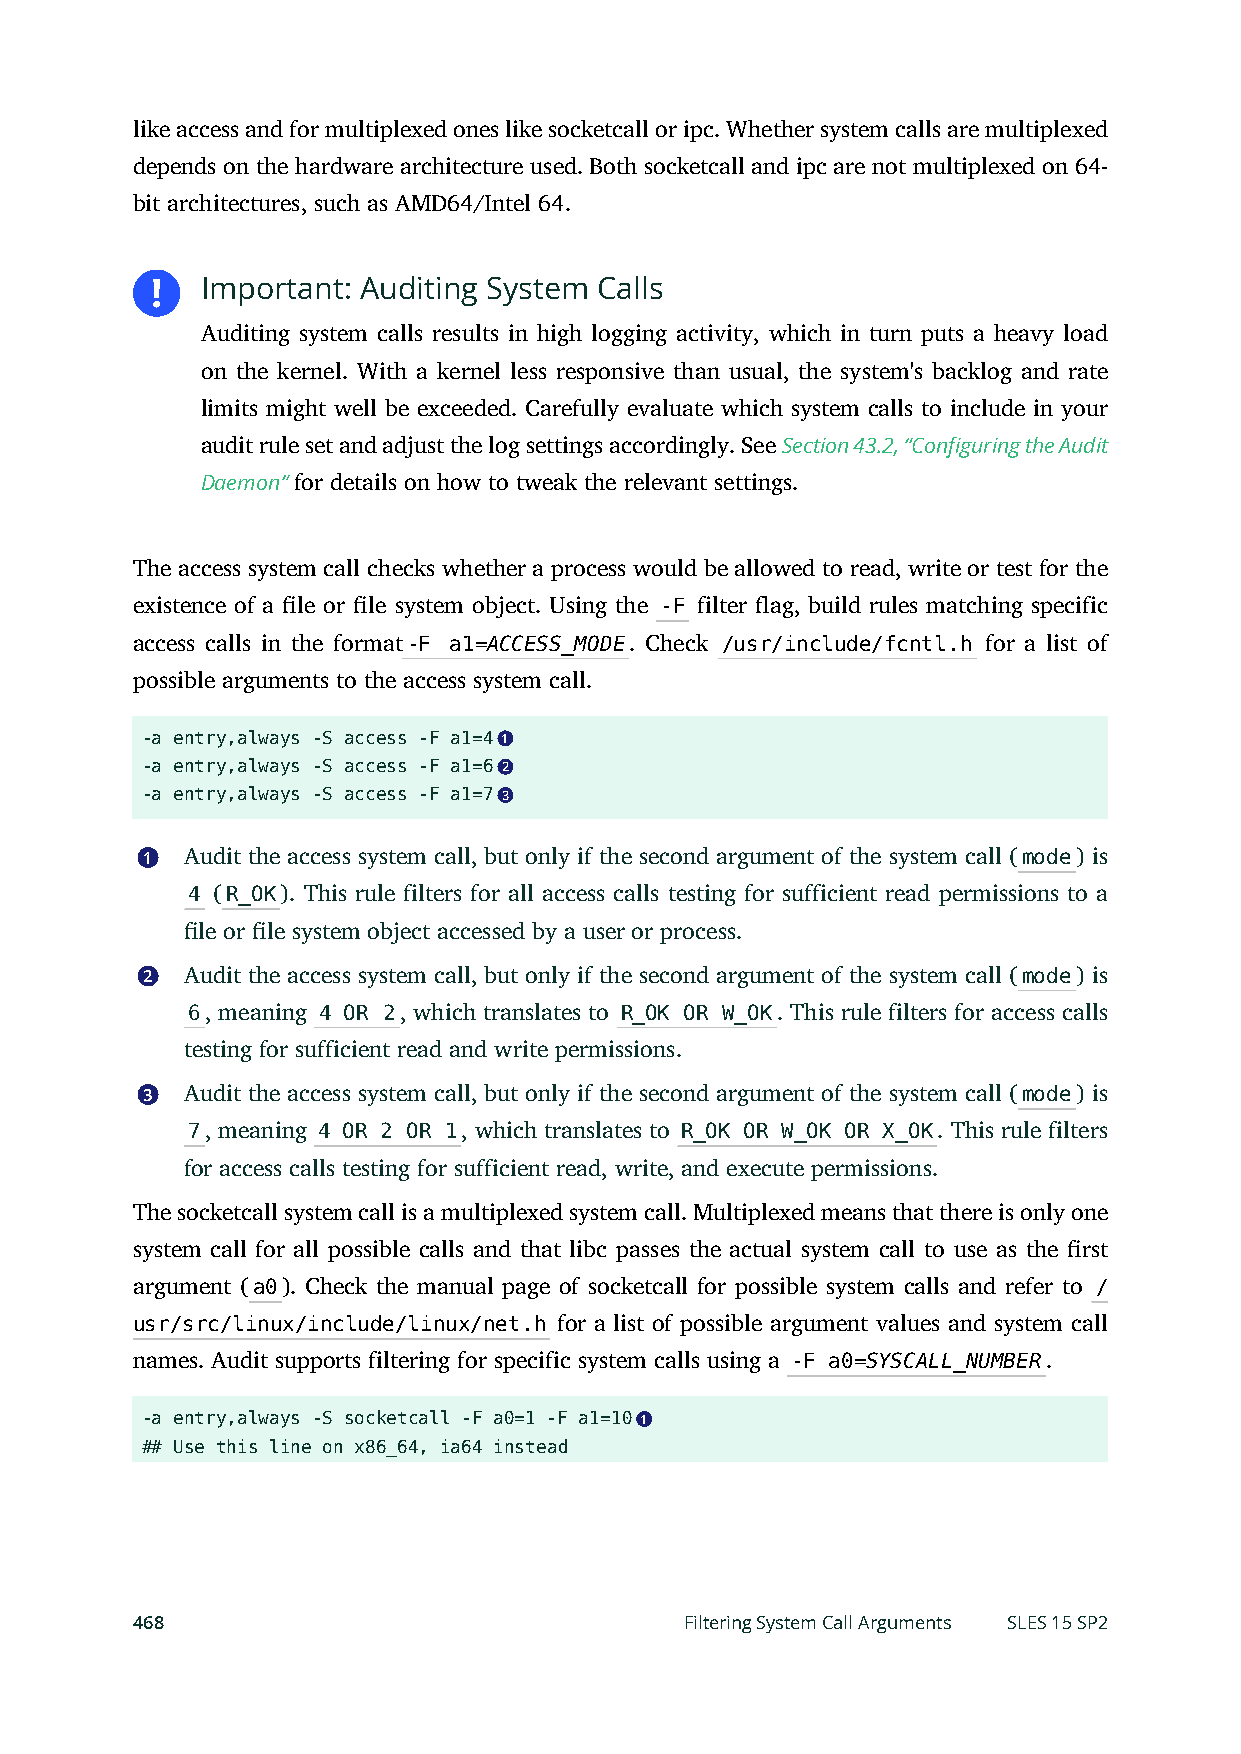
like access and for multiplexed ones like socketcall or ipc. Whether system calls are multiplexed
 depends on the hardware architecture used. Both socketcall and ipc are not multiplexed on 64-
 bit architectures, such as AMD64/Intel 64.
 Important: Auditing System Calls
 Auditing system calls results in high logging activity, which in turn puts a heavy load
 on the kernel. With a kernel less responsive than usual, the system's backlog and rate
 limits might well be exceeded. Carefully evaluate which system calls to include in your
 audit rule set and adjust the log settings accordingly. See Section 43.2, “Configuring the Audit
 Daemon” for details on how to tweak the relevant settings.
 The access system call checks whether a process would be allowed to read, write or test for the
 existence of a le or le system object. Using the -F filter ag, build rules matching specific
 access calls in the format-F a1=ACCESS_MODE. Check /usr/include/fcntl.h for a list of
 possible arguments to the access system call.
 -a entry,always -S access -F a1=4 1
 -a entry,always -S access -F a1=6 2
 -a entry,always -S access -F a1=7 3
 1  Audit the access system call, but only if the second argument of the system call (mode) is
 4 (R_OK). This rule filters for all access calls testing for sufficient read permissions to a
 le or le system object accessed by a user or process.
 2  Audit the access system call, but only if the second argument of the system call (mode) is
 6, meaning 4 OR 2, which translates to R_OK OR W_OK. This rule filters for access calls
 testing for sufficient read and write permissions.
 3  Audit the access system call, but only if the second argument of the system call (mode) is
 7, meaning 4 OR 2 OR 1, which translates to R_OK OR W_OK OR X_OK. This rule filters
 for access calls testing for sufficient read, write, and execute permissions.
 The socketcall system call is a multiplexed system call. Multiplexed means that there is only one
 system call for all possible calls and that libc passes the actual system call to use as the rst
 argument (a0). Check the manual page of socketcall for possible system calls and refer to /
 usr/src/linux/include/linux/net.h for a list of possible argument values and system call
 names. Audit supports filtering for specific system calls using a -F a0=SYSCALL_NUMBER.
 -a entry,always -S socketcall -F a0=1 -F a1=10 1
 ## Use this line on x86_64, ia64 instead
 468                                 Filtering System Call Arguments SLES 15 SP2